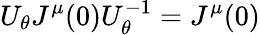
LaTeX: U_{\theta}J^{\mu}(0)U_{\theta}^{-1}=J^{\mu}(0)